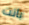
باتت